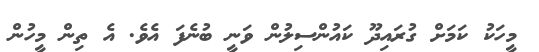
މީހަކު ކަމަށް ގުރައިދޫ ކައުންސިލުން ވަނީ ބުނެފަ އެވެ. އެ ތިން މީހުން